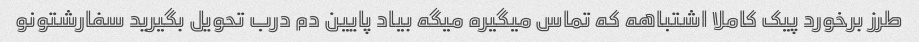
طرز برخورد پیک کاملا اشتباهه که تماس میگیره میگه بیاد پایین دم درب تحویل بگیرید سفارشتونو